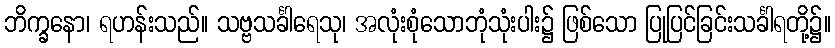
ဘိက္ခနော၊ ရဟန်းသည်။ သဗ္ဗသင်္ခါရေသု၊ အလုံးစုံသောဘုံသုံးပါး၌ ဖြစ်သော ပြုပြင်ခြင်းသင်္ခါရတို့၌။